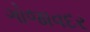
ગોજાવદર